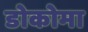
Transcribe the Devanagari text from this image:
डोकोमा